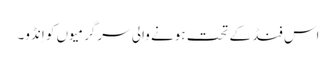
اس فنڈ کے تحت ہونے والی سرگرمیوں کو اِنڈو۔